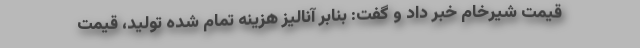
قیمت شیرخام خبر داد و گفت: بنابر آنالیز هزینه تمام شده تولید، قیمت